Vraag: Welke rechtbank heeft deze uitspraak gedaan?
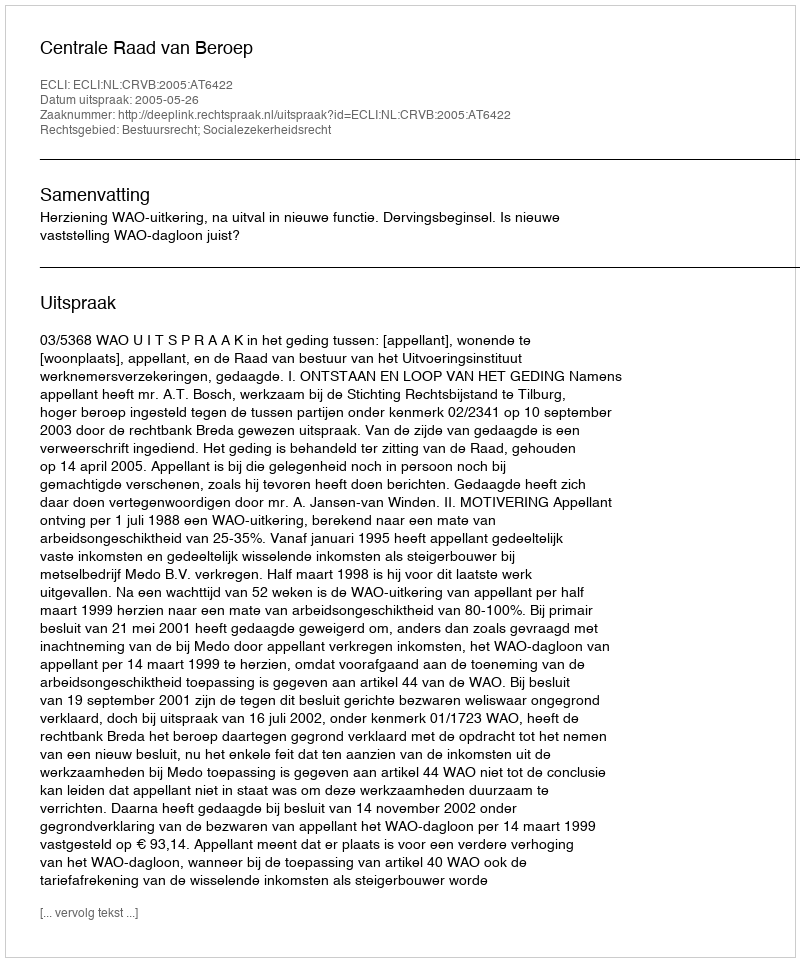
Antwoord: Centrale Raad van Beroep